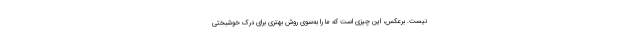
نیست. برعکس، این چیزی است که ما را به‌سوی روش بهتری برای درک خوشبختی